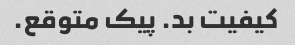
کیفیت بد. پیک متوقع.